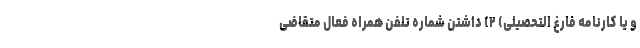
و یا کارنامه فارغ التحصیلی) ۲) داشتن شماره تلفن همراه فعال متقاضی